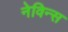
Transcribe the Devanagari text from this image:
नेविन्स